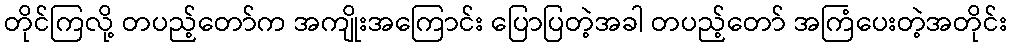
တိုင်ကြလို့ တပည့်တော်က အကျိုးအကြောင်း ပြောပြတဲ့အခါ တပည့်တော် အကြံပေးတဲ့အတိုင်း